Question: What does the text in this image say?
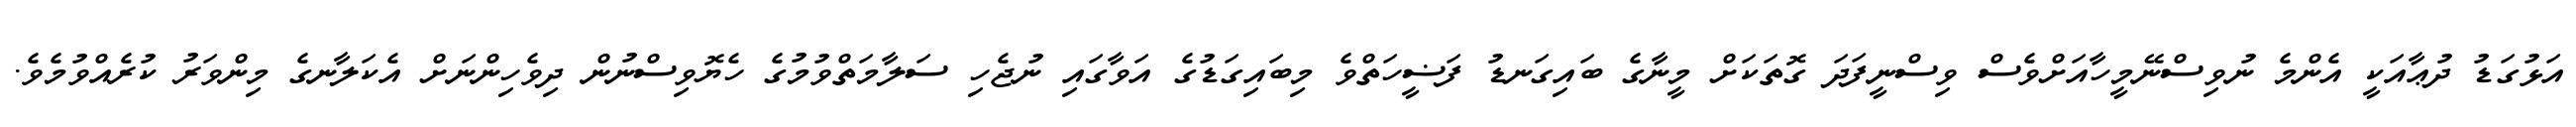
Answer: އަޅުގަޑު ދުޢާއަކީ އެންމެ ނުވިސްނޭމީހާއަށްވެސް ވިސްނީފަދަ ގޮތަކަށް މީނާގެ ބައިގަނޑު ފަޟީހަތްވެ މިބައިގަޑުގެ އަވާގައި ނުޖެހި ސަލާމަތްވުމުގެ ހެޔޮވިސްނުން ދިވެހިންނަށް އެކަލާނގެ މިންވަރު ކުރެއްވުމެވެ.